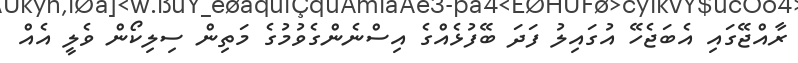
ރާއްޖޭގައި އެބަޖެހޭ އުގައިލު ފަދަ ބޭފުޅެއްގެ އިސްނެންގެވުމުގެ މަތިން ސިލިކޯން ވެލީ އެއް